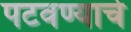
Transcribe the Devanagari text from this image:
पटवण्याचे